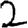
Digit: 2